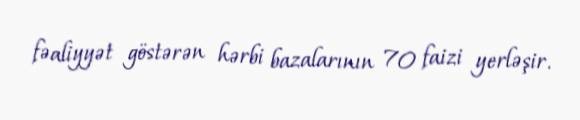
fəaliyyət göstərən hərbi bazalarının 70 faizi yerləşir.